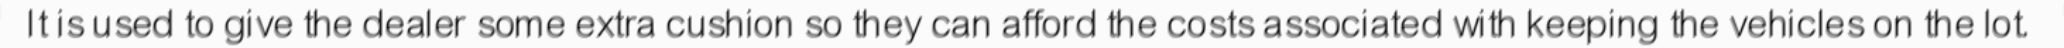
It is used to give the dealer some extra cushion so they can afford the costs associated with keeping the vehicles on the lot.